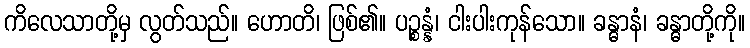
ကိလေသာတို့မှ လွတ်သည်။ ဟောတိ၊ ဖြစ်၏။ ပဉ္စန္နံ၊ ငါးပါးကုန်သော။ ခန္ဓာနံ၊ ခန္ဓာတို့ကို။